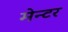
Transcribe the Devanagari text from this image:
मेन्टर